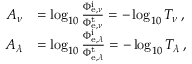
{ \begin{array} { r l } { A _ { \nu } } & { = \log _ { 1 0 } { \frac { \Phi _ { { \mathrm { e } } , \nu } ^ { \mathrm { i } } } { \Phi _ { { \mathrm { e } } , \nu } ^ { \mathrm { t } } } } = - \log _ { 1 0 } T _ { \nu } \, , } \\ { A _ { \lambda } } & { = \log _ { 1 0 } { \frac { \Phi _ { { \mathrm { e } } , \lambda } ^ { \mathrm { i } } } { \Phi _ { { \mathrm { e } } , \lambda } ^ { \mathrm { t } } } } = - \log _ { 1 0 } T _ { \lambda } \, , } \end{array} }